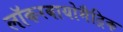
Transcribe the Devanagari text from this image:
लॉकरबायोमैट्रिक